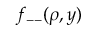
f _ { -- } ( \rho , y )